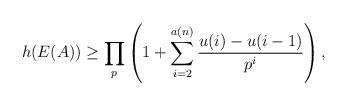
LaTeX: \begin{align*}h(E(A))\geq \prod_{p}\left(1+\sum_{i=2}^{a(n)}\frac{u(i)-u(i-1)}{p^i}\right),\end{align*}